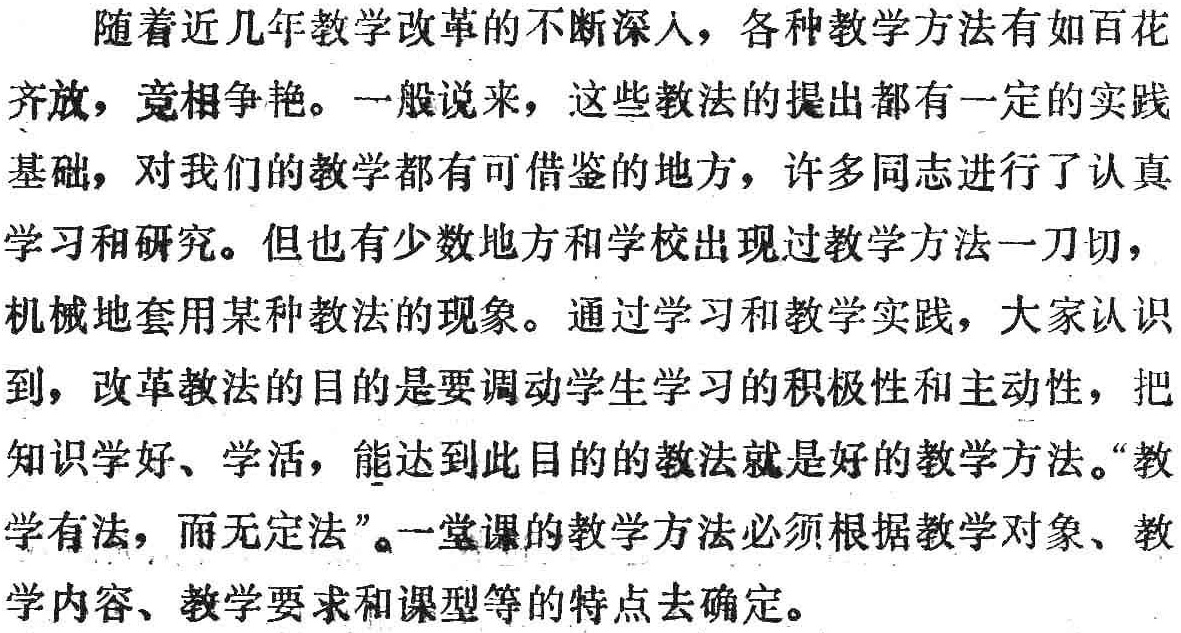
随着近几年教学改革的不断深入，各种教学方法有如百花齐放，竞相争艳。一般说来，这些教法的提出都有一定的实践基础，对我们的教学都有可借鉴的地方，许多同志进行了认真学习和研究。但也有少数地方和学校出现过教学方法一刀切，机械地套用某种教法的现象。通过学习和教学实践，大家认识到，改革教法的目的是要调动学生学习的积极性和主动性，把知识学好、学活，能达到此目的的教法就是好的教学方法。“教学有法，而无定法”。一堂课的教学方法必须根据教学对象、教学内容、教学要求和课型等的特点去确定。